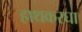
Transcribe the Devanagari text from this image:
हाथकरघा